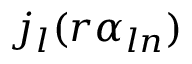
j _ { l } ( r \alpha _ { l n } )